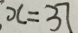
x = 3 7